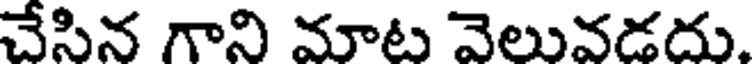
చేసిన గాని మాట వెలువడదు.